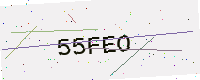
Text: 55FEO